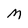
Character: M